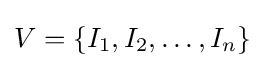
V=\{I_{1},I_{2},\ldots ,I_{n}\}